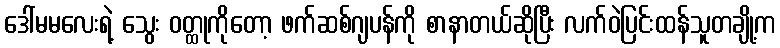
ဒေါ်မမလေးရဲ့ သွေး ဝတ္ထုကိုတော့ ဖက်ဆစ်ဂျပန်ကို စာနာတယ်ဆိုပြီး လက်ဝဲပြင်းထန်သူတချို့က